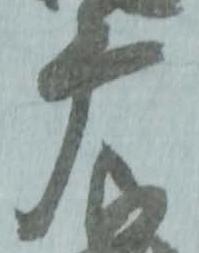
摩